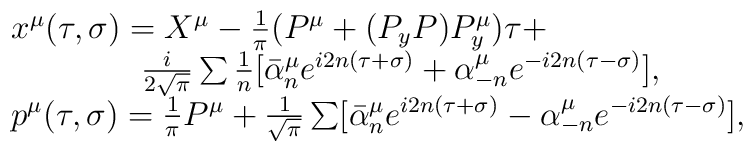
\begin{array}{l} \qquad x^\mu(\tau,\sigma)=X^\mu-\frac 1{\pi}(P^\mu+(P_y P)P^\mu_y)\tau+\\ \qquad \qquad \qquad\frac i{2\sqrt\pi}\sum\frac 1n[\bar\alpha^\mu_n e^{i2n(\tau+\sigma)}+\alpha^\mu_{-n} e^{-i2n(\tau-\sigma)}],\\\qquad p^\mu(\tau,\sigma)=\frac 1{\pi} P^\mu+\frac 1{\sqrt\pi}\sum[\bar\alpha^\mu_ne^{i2n(\tau+\sigma)}-\alpha^\mu_{-n} e^{-i2n(\tau-\sigma)}],\end{array}